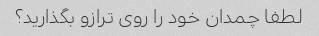
لطفا چمدان خود را روی ترازو بگذارید؟